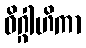
ဝိဂ္ဂါဟိကာ